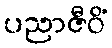
ပညာဇီဝိံ